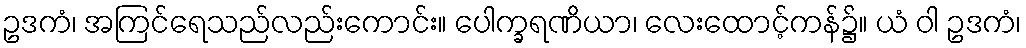
ဥဒကံ၊ အကြင်ရေသည်လည်းကောင်း။ ပေါက္ခရဏိယာ၊ လေးထောင့်ကန်၌။ ယံ ဝါ ဥဒကံ၊